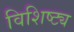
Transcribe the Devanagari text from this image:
विशिष्ट्य